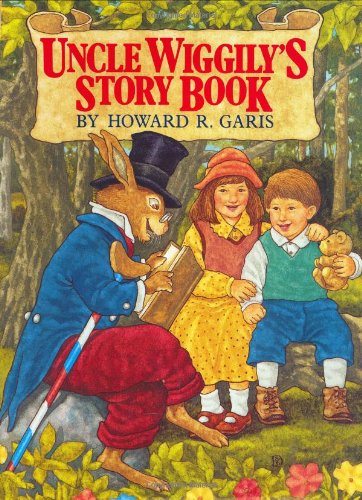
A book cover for Uncle Wiggily's Story Book; Howard R. Garis; Children's Books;